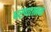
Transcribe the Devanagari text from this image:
धरणात्मक